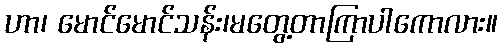
ဟာ၊ မောင်မောင်သန်း၊မတွေ့တာကြာပါကောလား။